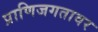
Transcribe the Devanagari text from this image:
प्राणिजगतावर